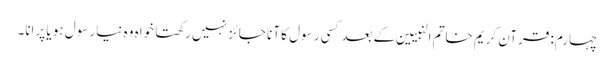
چہارم: قرآن کریم خاتم النبیین کے بعدکسی رسول کا آنا جائز نہیں رکھتا خواہ وہ نیا رسول ہو یا پرانا۔